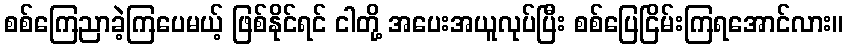
စစ်ကြေညာခဲ့ကြပေမယ့် ဖြစ်နိုင်ရင် ငါတို့ အပေးအယူလုပ်ပြီး စစ်ပြေငြိမ်းကြရအောင်လား။